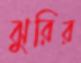
ঝুরির